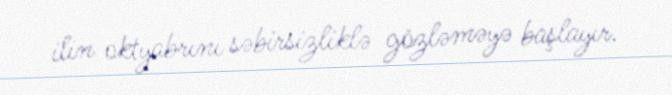
ilin oktyabrını səbirsizliklə gözləməyə başlayır.